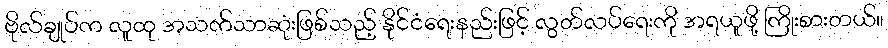
ဗိုလ်ချုပ်က လူထု အသက်သာဆုံးဖြစ်သည့် နိုင်ငံရေးနည်းဖြင့် လွတ်လပ်ရေးကို အရယူဖို့ ကြိုးစားတယ်။